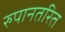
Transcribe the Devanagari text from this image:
रुपानतरित